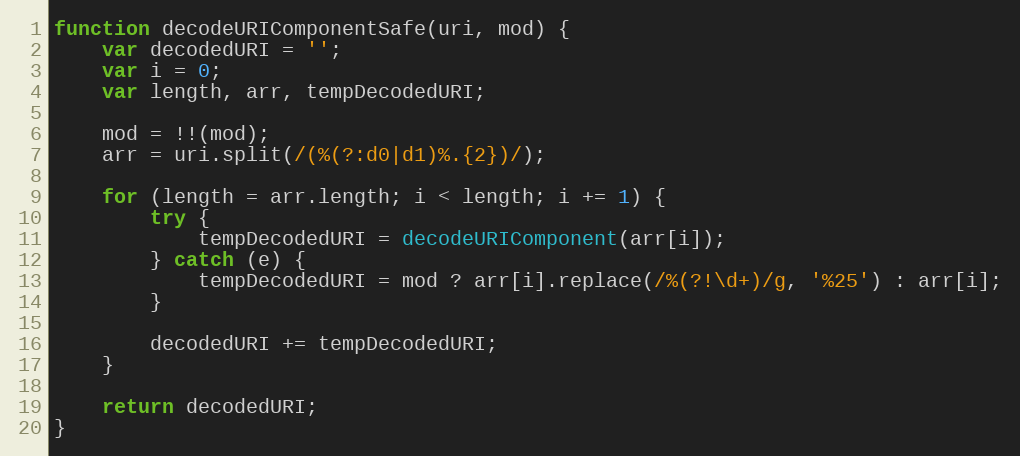
Language: JavaScript
function decodeURIComponentSafe(uri, mod) {
    var decodedURI = '';
    var i = 0;
    var length, arr, tempDecodedURI;

    mod = !!(mod);
    arr = uri.split(/(%(?:d0|d1)%.{2})/);

    for (length = arr.length; i < length; i += 1) {
        try {
            tempDecodedURI = decodeURIComponent(arr[i]);
        } catch (e) {
            tempDecodedURI = mod ? arr[i].replace(/%(?!\d+)/g, '%25') : arr[i];
        }

        decodedURI += tempDecodedURI;
    }

    return decodedURI;
}